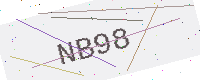
Text: NB98